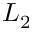
L _ { 2 }